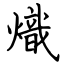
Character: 熾